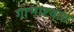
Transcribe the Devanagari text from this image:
गाभार्‍यात